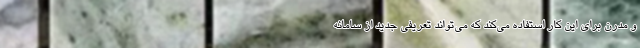
و مدرن برای این کار استفاده می‌کند که می‌تواند تعریفی جدید از سامانه